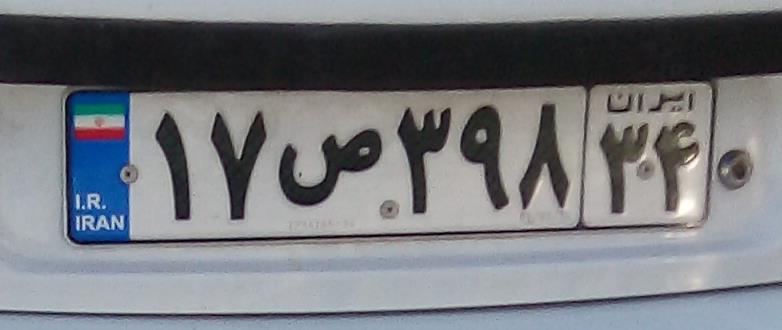
۱۷ص۳۹۸۳۴